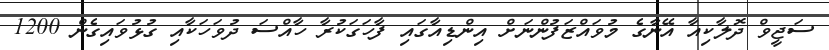
ސަޖީވް ދޮލާކިއާ އޭނާގެ މުވައްޒަފުންނަށް އިންޑިއާގައި ފާހަގަކުރާ ހާއްސަ ދުވަހަކާއި ގުޅުވައިގެން 1200